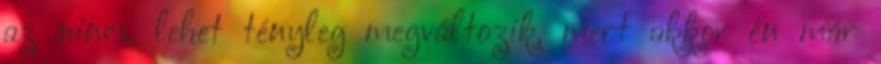
az nincs, lehet tényleg megváltozik, mert akkor én már